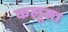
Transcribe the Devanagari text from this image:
कलूसा